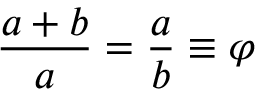
{ \frac { a + b } { a } } = { \frac { a } { b } } \equiv \varphi